Annual report of the Imperial Bacteriological Laboratory, Muktesar
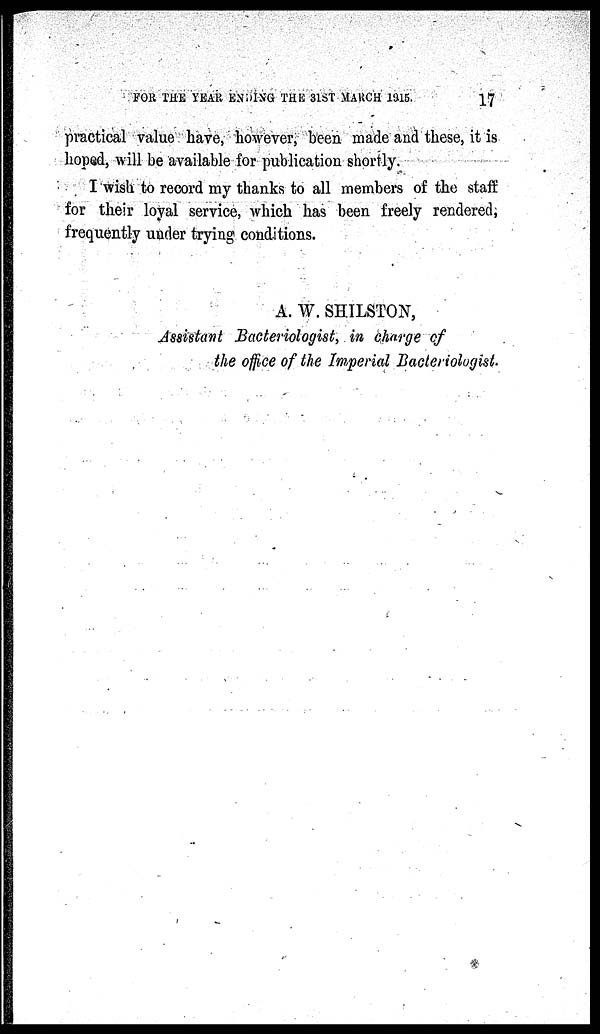
FOR THE YEAR ENDING THE 31ST MARCH
1915.
17
practical value have, however, been made and these, it is
hoped, will be available for publication shortly.
I wish to record my thanks to all members of the staff
for their loyal service, which has been freely rendered,
frequently under trying conditions.
A. W. SHILSTON,
Assistant Bacteriologist, in charge of
the office of the Imperial Bacteriologist.